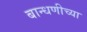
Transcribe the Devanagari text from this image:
बान्धणीच्या